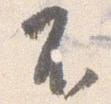
不